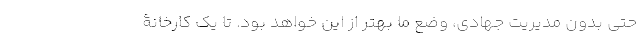
حتی بدون مدیریت جهادی، وضع ما بهتر از این خواهد بود. تا یک کارخانۀ